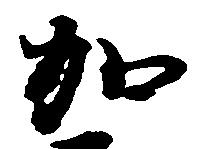
加